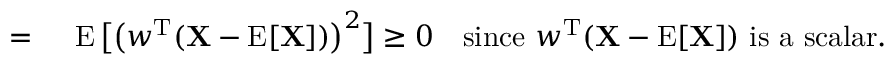
\begin{array} { r l } { = { } } & { { } \operatorname { E } { \big [ } { \big ( } w ^ { \mathrm { { T } } } ( \mathbf { X } - \operatorname { E } [ \mathbf { X } ] ) { \big ) } ^ { 2 } { \big ] } \geq 0 \quad { \mathrm { s i n c e ~ } } w ^ { \mathrm { { T } } } ( \mathbf { X } - \operatorname { E } [ \mathbf { X } ] ) { \mathrm { ~ i s ~ a ~ s c a l a r } } . } \end{array}